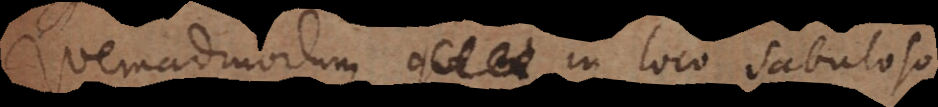
Quemadmodum in loco sabuloso